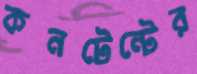
কনটেন্টের